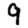
Digit: 9